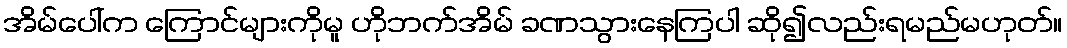
အိမ်ပေါ်က ကြောင်များကိုမူ ဟိုဘက်အိမ် ခဏသွားနေကြပါ ဆို၍လည်းရမည်မဟုတ်။